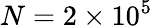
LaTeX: N=2\times 10^{5}